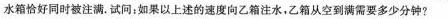
水箱恰好同时被注满.试问：如果以上述的速度向乙箱注水，乙箱从空到满需要多少分钟？